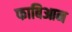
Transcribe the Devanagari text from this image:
फाबिआन